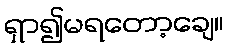
ရှာ၍မရတော့ချေ။